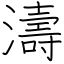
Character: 濤